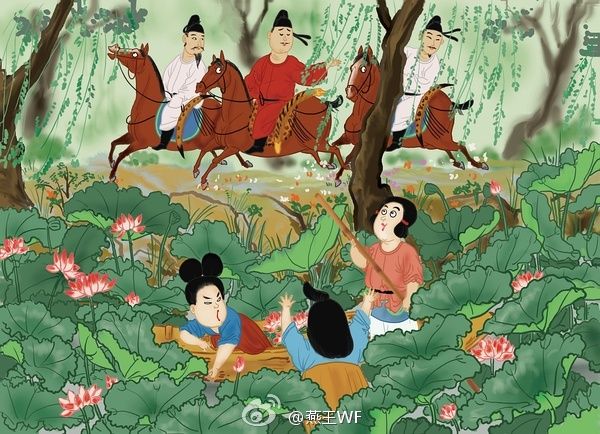
若耶溪傍采莲女，笑隔荷花共人语。